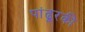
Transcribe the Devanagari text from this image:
पांढूरकी